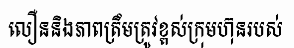
លឿននិងភាពត្រឹមត្រូវខ្ពស់ក្រុមហ៊ុនរបស់